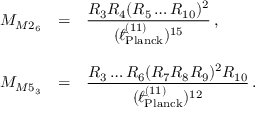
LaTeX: \begin{array} { r c l } { { M _ { M 2 _ { 6 } } } } & { { = } } & { { { \displaystyle \frac { R _ { 3 } R _ { 4 } ( R _ { 5 } \ldots R _ { 1 0 } ) ^ { 2 } } { ( { } ^ { - } \! \! \! \! \ell _ { \mathrm { P l a n c k } } ^ { ( 1 1 ) } ) ^ { 1 5 } } } \, , } } \\ { { } } & { { } } & { { } } \\ { { M _ { M 5 _ { 3 } } } } & { { = } } & { { { \displaystyle \frac { R _ { 3 } \ldots R _ { 6 } ( R _ { 7 } R _ { 8 } R _ { 9 } ) ^ { 2 } R _ { 1 0 } } { ( { } ^ { - } \! \! \! \! \ell _ { \mathrm { P l a n c k } } ^ { ( 1 1 ) } ) ^ { 1 2 } } } \, . } } \end{array}